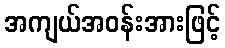
အကျယ်အဝန်းအားဖြင့်